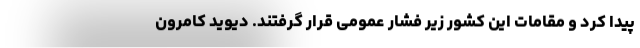
پیدا کرد و مقامات این کشور زیر فشار عمومی قرار گرفتند. دیوید کامرون